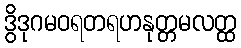
ဒွိဒုဂမဝရတရဟနုတ္တမလတ္ထ